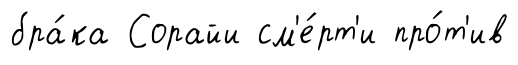
бра́ка Сорайи см'е́рт'и про́т'ив